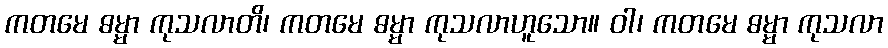
ကတမေ ဓမ္မာ ကုသလာတိ၊ ကတမေ ဓမ္မာ ကုသလာဟူသော။ ဝါ၊ ကတမေ ဓမ္မာ ကုသလာ